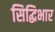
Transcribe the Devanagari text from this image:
सिद्धिभार